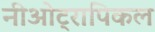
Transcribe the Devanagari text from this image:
नीओट्रापिकल